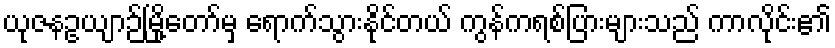
ယုဇနဥယျာဉ်မြို့တော်မှ ရောက်သွားနိုင်တယ် ကွန်ကရစ်ပြားများသည် ကာလိုင်း၏